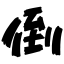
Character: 倒